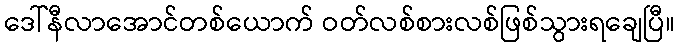
ဒေါ်နီလာအောင်တစ်ယောက် ဝတ်လစ်စားလစ်ဖြစ်သွားရချေပြီ။